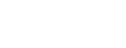
တဏှာသုတ်